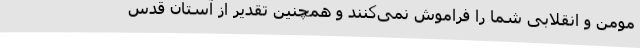
مومن و انقلابی شما را فراموش نمی‌کنند و همچنین تقدیر از آستان قدس